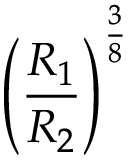
\left( { \frac { R _ { 1 } } { R _ { 2 } } } \right) ^ { \frac { 3 } { 8 } }